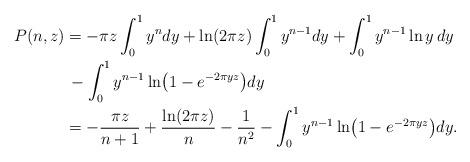
LaTeX: \begin{align*}P(n,z) &= - \pi z\int_0^1 {y^n dy} + {\ln (2\pi z)}\int_0^1 {y^{n - 1} dy} + \int_0^1 {y^{n - 1} \ln y}\,dy \\&\,- \int_0^1 y^{n - 1} \ln\!\big( {1 - e^{ - 2\pi yz } } \big)dy \\&= - \frac{\pi z}{{n + 1}} + \frac{{\ln (2\pi z)}}n - \frac1{n^2} - \int_0^1 {y^{n - 1} \ln\!\big( {1 - e^{ - 2\pi yz } } \big)dy}.\end{align*}